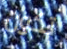
تكون